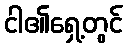
ငါ၏ရှေ့တွင်